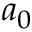
a _ { 0 }